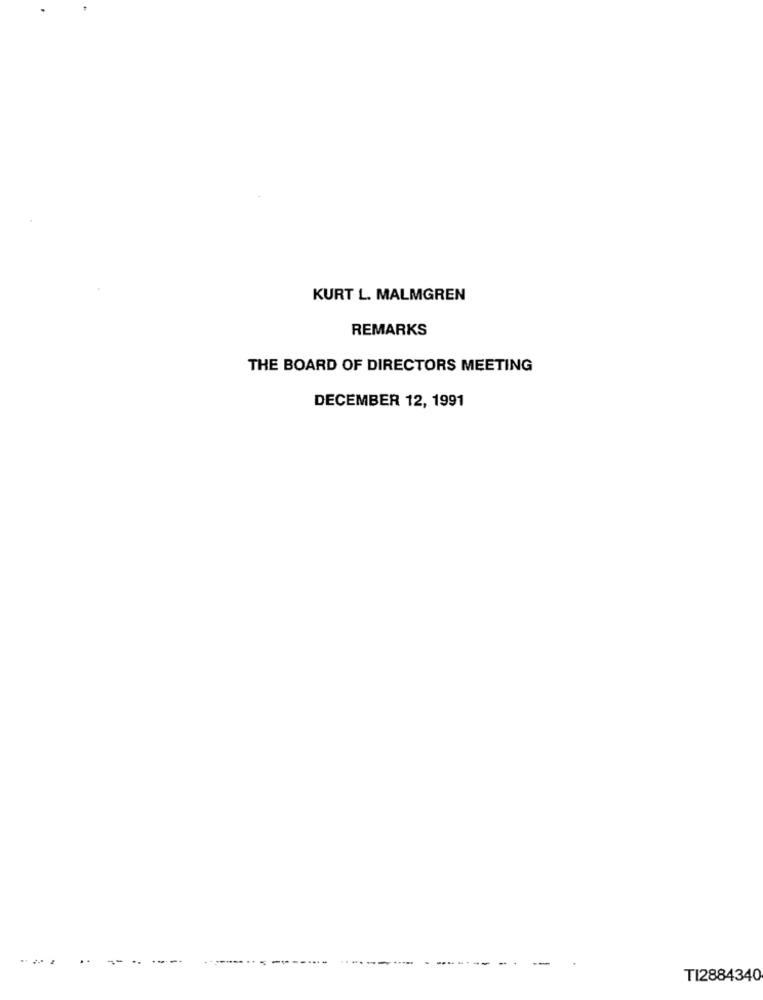
KURT L. MALMGREN
REMARKS
THE BOARD OF DIRECTORS MEETING
DECEMBER 12, 1991
-------
--
TI2884340